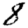
Digit: 8